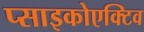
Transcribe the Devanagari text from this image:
प्साइकोएक्टिव